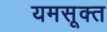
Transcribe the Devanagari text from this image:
यमसूक्त